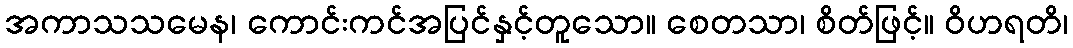
အကာသသမေန၊ ကောင်းကင်အပြင်နှင့်တူသော။ စေတသာ၊ စိတ်ဖြင့်။ ဝိဟရတိ၊